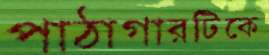
পাঠাগারটিকে